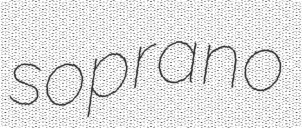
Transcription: soprano